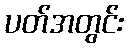
ပတ်အတွင်း